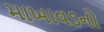
માખાવડનો